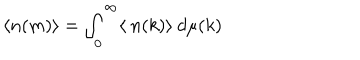
LaTeX: \langle n ( m ) \rangle = \int _ { 0 } ^ { \infty } \langle \: n ( k ) \rangle \: d \mu ( k )